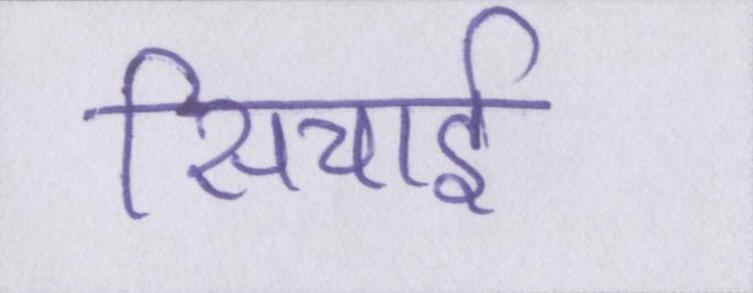
सिचाई